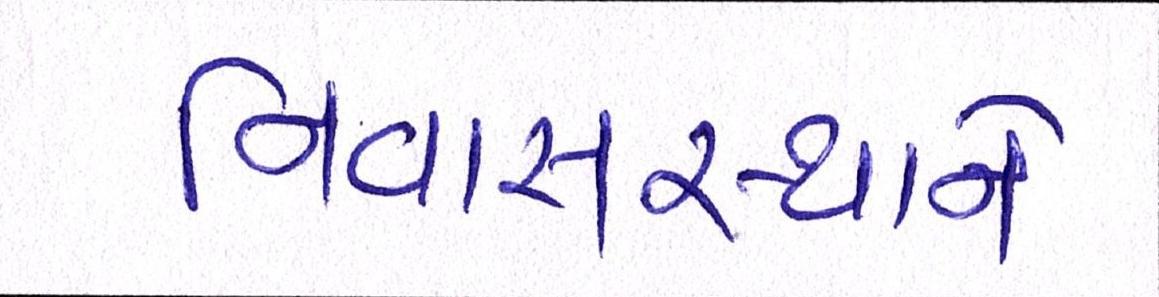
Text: નિવાસસ્થાને